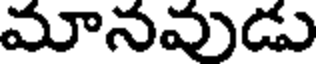
మానవుడు